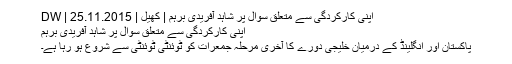
اپنی کارکردگی سے متعلق سوال پر شاہد آفریدی برہم | کھیل | DW | 25.11.2015
اپنی کارکردگی سے متعلق سوال پر شاہد آفریدی برہم
پاکستان اور انگلینڈ کے درمیان خلیجی دورے کا آخری مرحلہ جمعرات کو ٹوئنٹی ٹوئنٹی سے شروع ہو رہا ہے۔